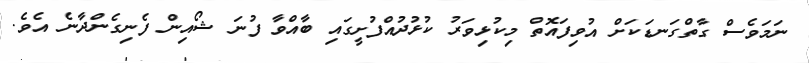
ނަމަވެސް ގާތްގަނޑަކަށް އުވިފައޮތް މިކުޅިވަރު ކުޅުދުއްފުށީގައި ބާއްވާ ފުނަ ޝޯއިން ފެނިގެންދާނެ އެވެ.